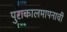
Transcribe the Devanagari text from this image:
पुराकालमापनाची